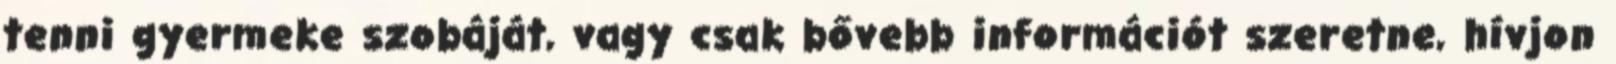
tenni gyermeke szobáját, vagy csak bővebb információt szeretne, hívjon